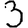
Digit: 3